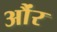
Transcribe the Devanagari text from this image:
औंर